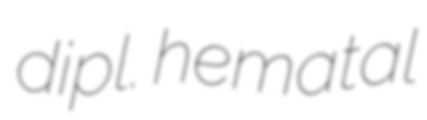
dipl. hematal